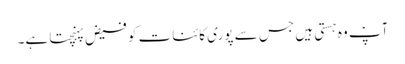
آپؑ وہ ہستی ہیں جس سے پوری کائنات کو فیض پہنچتا ہے۔